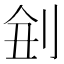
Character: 𠜋